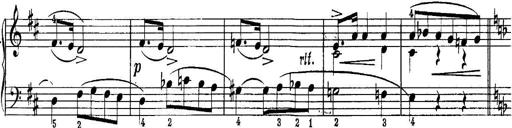
Title: Piano Sonatina No.1 in C major
Composer: Tadeusz Joteyko
Key: C major